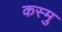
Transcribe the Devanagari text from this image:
कस्मु